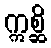
ဣစ္ဆိ